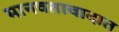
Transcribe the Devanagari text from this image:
मानवतावादात